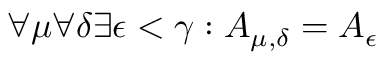
\forall \mu \forall \delta \exists \epsilon < \gamma : A _ { \mu , \delta } = A _ { \epsilon }